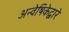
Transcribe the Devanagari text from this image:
अन्वेषिकेद्वारे